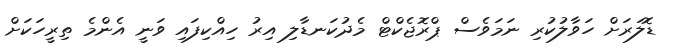
ޑޮލަރަށް ހަވާލުކުރި ނަމަވެސް ޕްރޮޖެކްޓް މެދުކަނޑާލި އިރު ހިއްކިފައި ވަނީ އެންމެ ތިރީހަކަށް